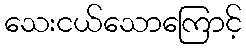
သေးငယ်သောကြောင့်